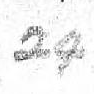
24